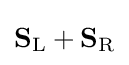
\mathbf {S} _{\rm {L}}+\mathbf {S} _{\rm {R}}